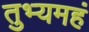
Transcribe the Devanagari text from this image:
तुभ्यमहं